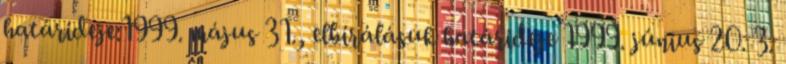
határideje:1999. május 31., elbírálásuk határideje 1999. június 20. 3.